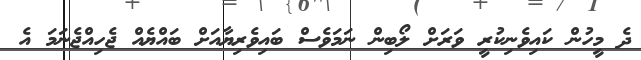
ދެ މީހުން ކައިވެނިކުރީ ވަރަށް ލޯބިން ނަމަވެސް ބައިވެރިޔާއަށް ބައްޔެއް ޖެހިއްޖެނަމަ އެ